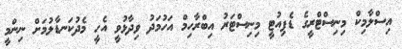
އިސްލާމިކް މިނިސްޓްރީގެ ޑެޕިއުޓީ މިނިސްޓަރު އިބްރާހިމް އަހުމަދު ވިދާޅުވީ އެހީ މެދުކަނޑާލުމަށް ނިންމީ